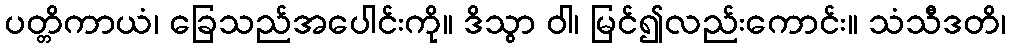
ပတ္တိကာယံ၊ ခြေသည်အပေါင်းကို။ ဒိသွာ ဝါ၊ မြင်၍လည်းကောင်း။ သံသီဒတိ၊